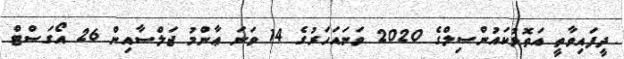
ދީފައިވާތީ އަތޮޅުކައުންސިލްގެ 2020 ވަނައަހަރުގެ 14 ވަނަ ޢާންމު ޖަލްސާއިން 26 އޯގަސްޓް